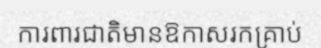
ការពារជាតិមានឱកាសរកគ្រាប់